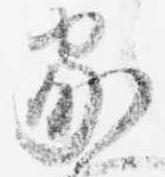
家